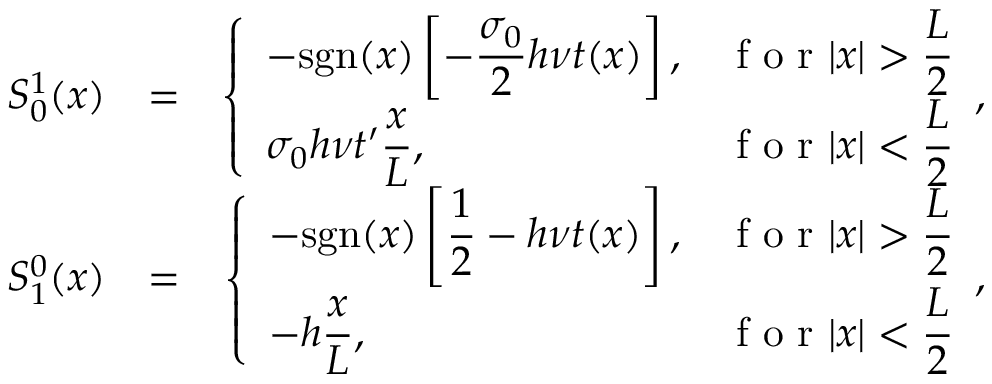
\begin{array} { r l r } { S _ { 0 } ^ { 1 } ( x ) } & { = } & { \left\{ \begin{array} { l l } { \displaystyle - \mathrm { s g n } ( x ) \left[ - \frac { \sigma _ { 0 } } { 2 } h \nu t ( x ) \right] , } & { \displaystyle \textrm { f o r } | x | > \frac { L } { 2 } } \\ { \displaystyle \sigma _ { 0 } h \nu t ^ { \prime } \frac { x } { L } , } & { \displaystyle \textrm { f o r } | x | < \frac { L } { 2 } } \end{array} , \right. } \\ { S _ { 1 } ^ { 0 } ( x ) } & { = } & { \left\{ \begin{array} { l l } { \displaystyle - \mathrm { s g n } ( x ) \left[ \frac { 1 } { 2 } - h \nu t ( x ) \right] , } & { \displaystyle \textrm { f o r } | x | > \frac { L } { 2 } } \\ { \displaystyle - h \frac { x } { L } , } & { \displaystyle \textrm { f o r } | x | < \frac { L } { 2 } } \end{array} , \right. } \end{array}